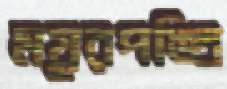
ময়ূরপঙ্খি